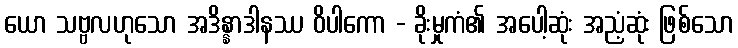
ယော သဗ္ဗလဟုသော အဒိန္နာဒါနဿ ဝိပါကော - ခိုးမှုကံ၏ အပေါ့ဆုံး အညံ့ဆုံး ဖြစ်သော